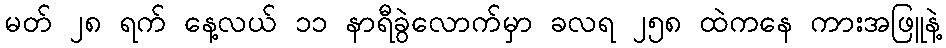
မတ် ၂၈ ရက် နေ့လယ် ၁၁ နာရီခွဲလောက်မှာ ခလရ ၂၅၈ ထဲကနေ ကားအဖြူနဲ့